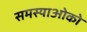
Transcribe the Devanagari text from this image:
समस्याओको